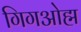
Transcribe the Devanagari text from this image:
गिगओह्म